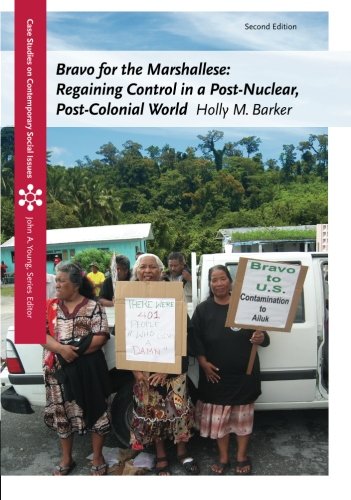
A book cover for Bravo for the Marshallese: Regaining Control in a Post-Nuclear, Post-Colonial World (Case Studies on Contemporary Social Issues); Holly M. Barker; History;